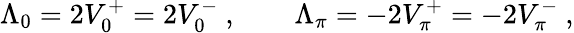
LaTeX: \Lambda_{0}=2V_{0}^{+}=2V_{0}^{-}\ ,\qquad\Lambda_{\pi}=-2V_{\pi}^{+}=-2V_{\pi}^{-}\ ,